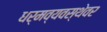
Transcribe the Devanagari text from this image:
धर्मव्यवस्थेवर